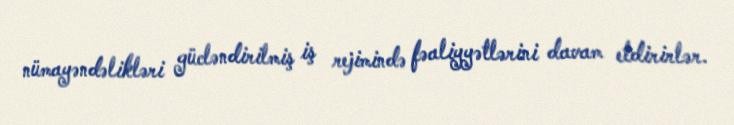
nümayəndəlikləri gücləndirilmiş iş rejimində fəaliyyətlərini davam etdirirlər.